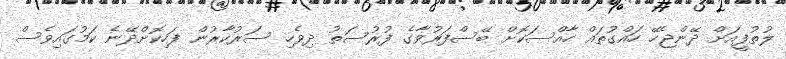
ލުތުފީއަށް ދޭންޖެހޭ ހައްގުތައް ހާއްސަކޮށް ބޭސްފަރުވާގެ ފުރުސަތު ދިވެހި ސަރުކާރުން ފަހިކޮށްދޭނެ ކަމުގައިވެސް